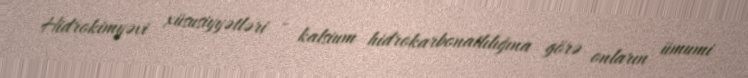
Hidrokimyəvi xüsusiyyətləri - kalsium hidrokarbonatlılığına görə onların ümumi